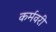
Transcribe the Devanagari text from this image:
कर्मवरी